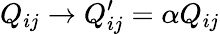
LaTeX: Q_{ij}\rightarrow Q_{ij}^{\prime}=\alpha Q_{ij}